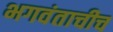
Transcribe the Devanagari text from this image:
भगवंताचीच